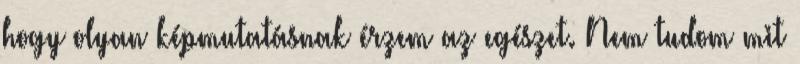
hogy olyan képmutatásnak érzem az egészet. Nem tudom mit